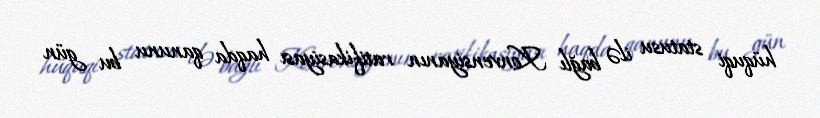
hüquqi statusu ilə bağlı Konvensiyanın ratifikasiyası haqda qanunu bu gün